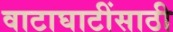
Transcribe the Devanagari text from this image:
वाटाघाटींसाठी